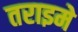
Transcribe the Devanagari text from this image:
तराइमे